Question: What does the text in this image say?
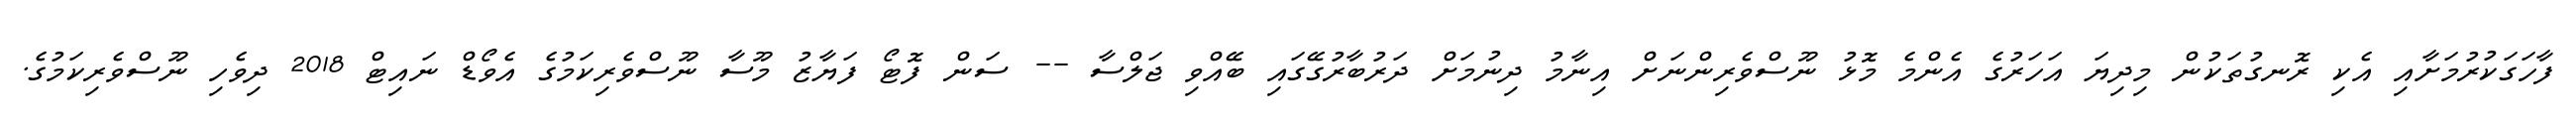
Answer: ފާހަގަކުރުމަށާއި އެކި ރޮނގުތަކުން މިދިޔަ އަހަރުގެ އެންމެ މޮޅު ނޫސްވެރިންނަށް އިނާމު ދިނުމަށް ދަރުބާރުގޭގައި ބޭއްވި ޖަލްސާ -- ސަން ފޮޓޯ ފަޔާޒު މޫސާ ނޫސްވެރިކަމުގެ އެވޯޑް ނައިޓް 2018 ދިވެހި ނޫސްވެރިކަމުގެ.